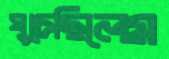
ঘুচেছিলেম